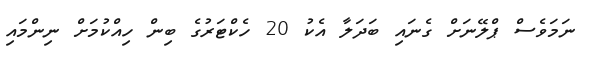
ނަމަވެސް ޕްލޭނަށް ގެނައި ބަދަލާ އެކު 20 ހެކްޓަރުގެ ބިން ހިއްކުމަށް ނިންމައި